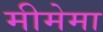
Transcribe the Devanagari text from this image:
मीमेमा